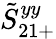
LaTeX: \tilde{S}_{21+}^{yy}